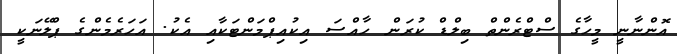
އޮންނާނީ މީހާގެ ސްޓްރެންތް ބިލްޑް ކުރަން ހާއްސަ އިކުއިޕްމަންޓަކާއި އެކު. އަހަރެމެންގެ ޕްލޭނަކީ